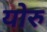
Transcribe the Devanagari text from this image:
योरु